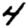
Digit: 4